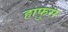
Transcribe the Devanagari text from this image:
हाफुस